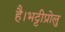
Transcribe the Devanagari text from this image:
है।भट्टीप्रोलु